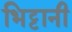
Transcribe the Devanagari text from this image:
भिट्टानी